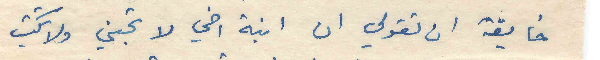
خايفة ان تقولي ان ابنة اخي لا تحبني ولا تكتب